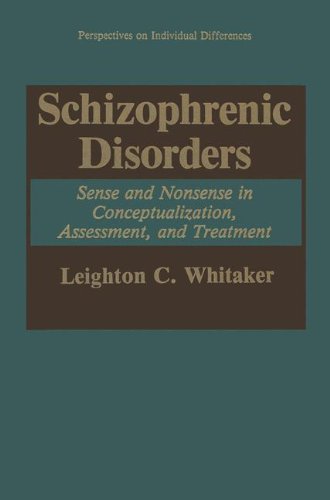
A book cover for Schizophrenic Disorders:: Sense and Nonsense in Conceptualization, Assessment, and Treatment (Perspectives on Individual Differences); Leighton C. Whitaker; Health, Fitness & Dieting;